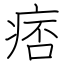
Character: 痞